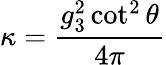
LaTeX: \kappa=\frac{g_{3}^{2}\cot^{2}\theta}{4\pi}